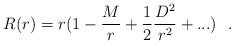
LaTeX: \begin{align*}R(r)=r(1-{M\over r}+ \frac {1}{2}{D^2\over r^2}+...)~~.\end{align*}